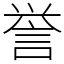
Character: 誉